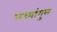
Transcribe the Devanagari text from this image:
मध्यांगुल